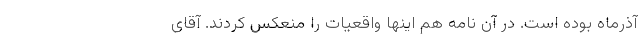
آذرماه بوده است. در آن نامه هم اینها واقعیات را منعکس کردند. آقای